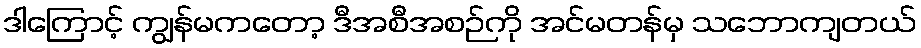
ဒါကြောင့် ကျွန်မကတော့ ဒီအစီအစဉ်ကို အင်မတန်မှ သဘောကျတယ်